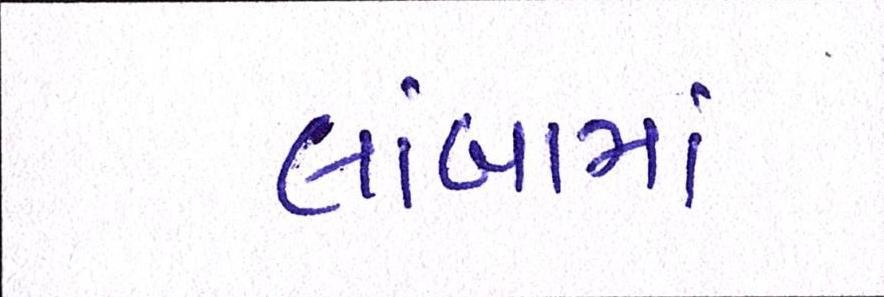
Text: લાંબામાં